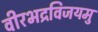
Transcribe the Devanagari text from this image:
वीरभद्रविजयमु